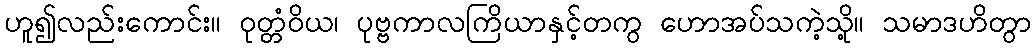
ဟူ၍လည်းကောင်း။ ဝုတ္တံဝိယ၊ ပုဗ္ဗကာလကြိယာနှင့်တကွ ဟောအပ်သကဲ့သို့။ သမာဒဟိတွာ